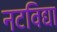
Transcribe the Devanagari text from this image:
नटविद्या